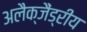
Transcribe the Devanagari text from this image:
अलैक्जैंड्रीय